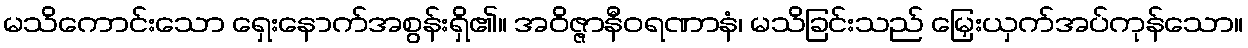
မသိကောင်းသော ရှေးနောက်အစွန်းရှိ၏။ အဝိဇ္ဇာနီဝရဏာနံ၊ မသိခြင်းသည် မြှေးယှက်အပ်ကုန်သော။